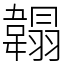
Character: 䪚